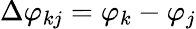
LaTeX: \Delta\varphi_{kj}=\varphi_{k}-\varphi_{j}